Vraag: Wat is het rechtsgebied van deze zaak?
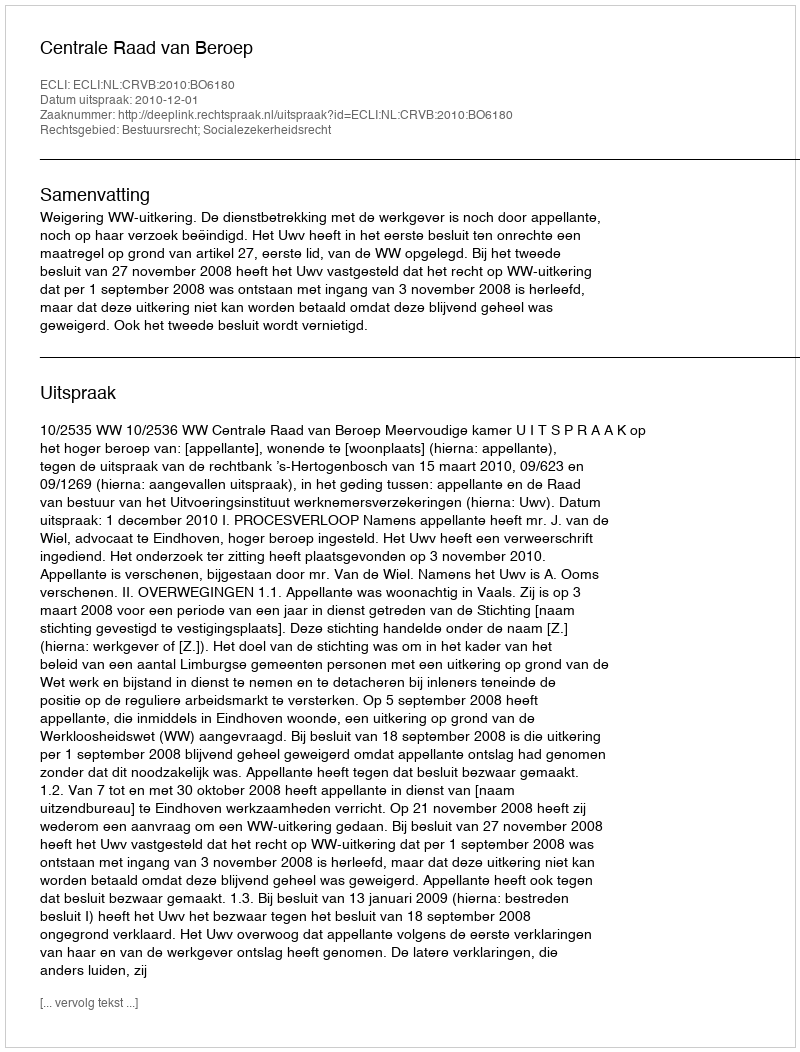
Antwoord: Bestuursrecht; Socialezekerheidsrecht